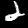
Label: 2